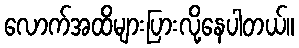
လောက်အထိများပြားလို့နေပါတယ်။